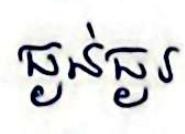
ធ្ងន់ធ្ងរ